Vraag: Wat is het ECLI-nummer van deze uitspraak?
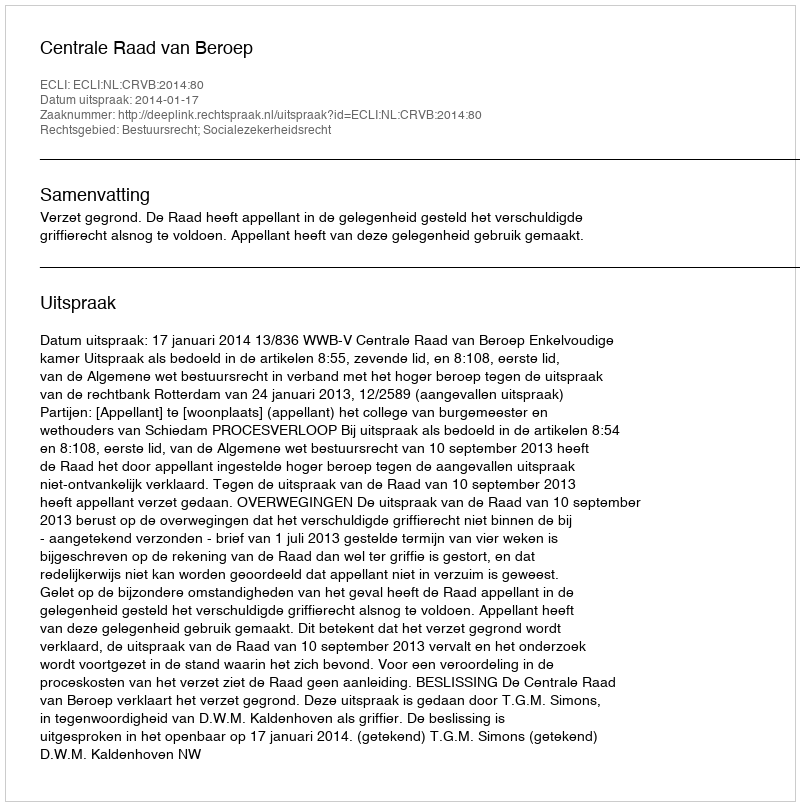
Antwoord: ECLI:NL:CRVB:2014:80